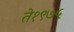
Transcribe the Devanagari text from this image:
ते१९७५